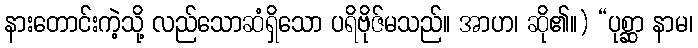
နားတောင်းကဲ့သို့ လည်သောဆံရှိသော ပရိဗိုဇ်မသည်။ အာဟ၊ ဆို၏။) “ပုစ္ဆာ နာမ၊